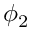
\phi _ { 2 }